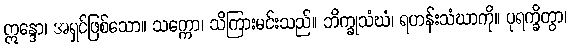
ဣန္ဒော၊ အရှင်ဖြစ်သော။ သက္ကော၊ သိကြားမင်းသည်။ ဘိက္ခုသံဃံ၊ ရဟန်းသံဃာကို။ ပုရက္ခိတွာ၊